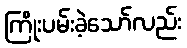
ကြိုးပမ်းခဲ့သော်လည်း